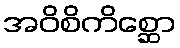
အဝိစိကိစ္ဆော